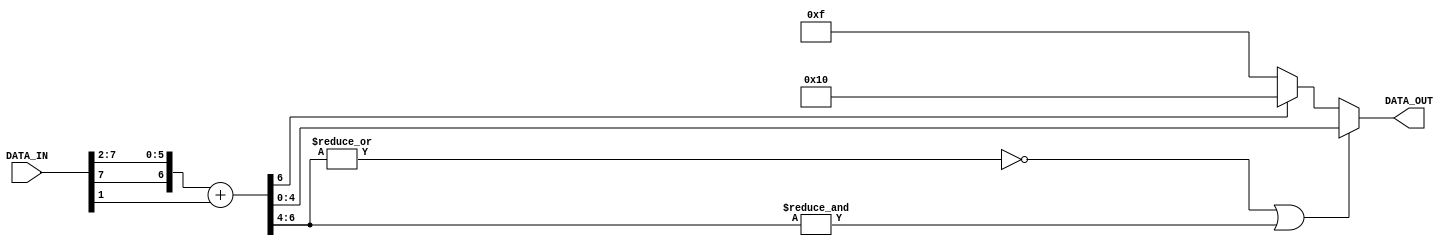
`timescale 1ns/1ps
/**********************************************************************
*** Function:
*** Area    :
**********************************************************************/

module rx_round#(
parameter IN_WIDTH = 8, 
parameter OUT_WIDTH = 5,
parameter UP_CUT_WIDTH =1
)(
input  signed[IN_WIDTH-1:0]  DATA_IN,
output signed[OUT_WIDTH-1:0] DATA_OUT
);
localparam OUT_WIDTH_1 = OUT_WIDTH - 1;//7
localparam TEMP_WIDTH2 = OUT_WIDTH+UP_CUT_WIDTH+1;//8+1+1=10 //
localparam TEMP_WIDTH1 = IN_WIDTH-TEMP_WIDTH2+1;//9-10+1=0

localparam TEMP_WIDTH3 = {UP_CUT_WIDTH+OUT_WIDTH-IN_WIDTH};//7
localparam TEMP_WIDTH4 = {UP_CUT_WIDTH+OUT_WIDTH};//7

wire signed [TEMP_WIDTH2-1:0]temp_data;
wire flag1;
wire flag2;
wire signed [OUT_WIDTH-1:0]  temp_data_bit_more;

wire overflow;
wire signed [TEMP_WIDTH4-1:0]temp_data_big;

generate if(IN_WIDTH>OUT_WIDTH)
begin 
  reg signed [OUT_WIDTH-1:0] DATA_OUT1;
  if(TEMP_WIDTH1==0)
    assign temp_data = {DATA_IN[IN_WIDTH-1],DATA_IN[IN_WIDTH-1:TEMP_WIDTH1]};
  else 
    assign temp_data = {DATA_IN[IN_WIDTH-1],DATA_IN[IN_WIDTH-1:TEMP_WIDTH1]} + DATA_IN[TEMP_WIDTH1-1];

  assign flag1 = ((~|temp_data[TEMP_WIDTH2-1:OUT_WIDTH-1]) || (&temp_data[TEMP_WIDTH2-1:OUT_WIDTH-1])) ? 1'b0 : 1'b1;
  assign flag2 = temp_data[TEMP_WIDTH2-1];
  
  assign  temp_data_bit_more = temp_data[OUT_WIDTH-1:0];
  always @(flag1 or flag2 or temp_data_bit_more)
  begin
    if (flag1)
    begin
      if (flag2)
        DATA_OUT1 = {1'b1,{OUT_WIDTH_1{1'b0}}};
      else
        DATA_OUT1 = {1'b0,{OUT_WIDTH_1{1'b1}}};
    end
    else
      DATA_OUT1 = temp_data_bit_more;
  end
  assign DATA_OUT=DATA_OUT1;
  
end else begin
  assign temp_data_big = {DATA_IN,{{UP_CUT_WIDTH+OUT_WIDTH-IN_WIDTH}{1'b0}}};
  assign temp_data_big2= temp_data[OUT_WIDTH-1:0];  
  if(UP_CUT_WIDTH>0)
    assign overflow=(DATA_IN[IN_WIDTH-1:IN_WIDTH-UP_CUT_WIDTH-1]=={DATA_IN[IN_WIDTH-1],{{UP_CUT_WIDTH}{~DATA_IN[IN_WIDTH-1]} }});
  else 
    assign overflow=0;
  assign DATA_OUT=overflow?{DATA_IN[IN_WIDTH-1],{{OUT_WIDTH-1}{~DATA_IN[IN_WIDTH-1]}}} : temp_data_big2;
end  
  
endgenerate

endmodule